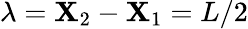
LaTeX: \lambda=\mathbf{X}_{2}-\mathbf{X}_{1}=L/2